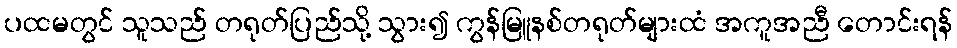
ပထမတွင် သူသည် တရုတ်ပြည်သို့ သွား၍ ကွန်မြူနစ်တရုတ်များထံ အကူအညီ တောင်းရန်